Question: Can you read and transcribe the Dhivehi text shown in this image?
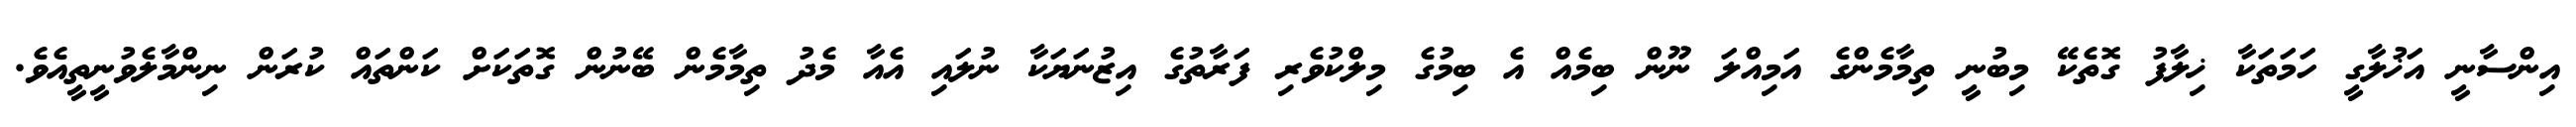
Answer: އިންސާނީ އަޚުލާގީ ހަމަތަކާ ޚިލާފު ގޮތެކޭ މިބުނީ ތިމާމެންގެ އަމިއްލަ ނޫން ބިމެއް އެ ބިމުގެ މިލްކުވެރި ފަރާތުގެ އިޒުނަޔަކާ ނުލައި އެއާ މެދު ތިމާމެން ބޭނުން ގޮތަކަށް ކަންތައް ކުރަން ނިންމާލެވުނީތީއެވެ.